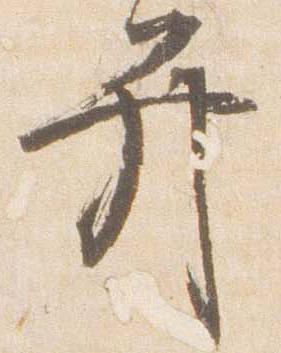
弁